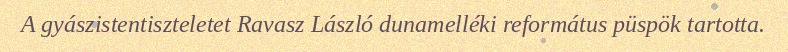
A gyászistentiszteletet Ravasz László dunamelléki református püspök tartotta.